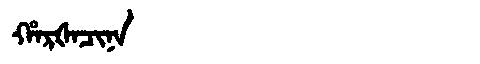
Manchu: ᡥᠠᡵᡧᠠᠴᡳᠨᠠ
Romanization: HARŠACINA